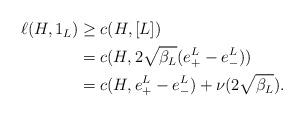
LaTeX: \begin{align*} \begin{aligned} \ell( H , 1_L ) & \geq c (H, [L]) \\ & = c(H , 2\sqrt{\beta_{L}} ( e^{L} _{+}-e^{L} _{-}) ) \\ & = c(H , e^{L} _{+}-e^{L} _{-} ) + \nu (2\sqrt{\beta_{L}}) . \end{aligned}\end{align*}